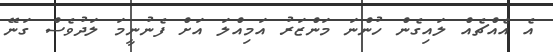
އެ އެއްޗެއް ލައިގެން ހުންނަ މަންޒަރު އަމިއްލަ އަށް ފެނުނީމަ ލަދުވެސް ގަނޭ